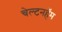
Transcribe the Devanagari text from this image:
चेल्टनहॅम